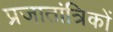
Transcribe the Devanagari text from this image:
प्रजातांत्रिकों